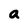
Character: a